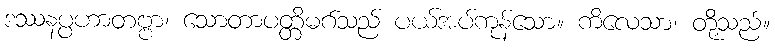
ဒဿနပ္ပဟာတဗ္ဗာ၊ သောတာပတ္တိမဂ်သည် ပယ်အပ်ကုန်သော။ ကိလေသာ၊ တို့သည်။